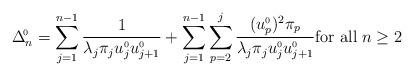
LaTeX: \begin{align*}\Delta^{\!{\scriptscriptstyle 0}}_n=\sum_{j=1}^{n-1} \frac{1}{\lambda_j \pi_j u_j^{{\scriptscriptstyle 0}} u_{j+1}^{{\scriptscriptstyle 0}}}+ \sum_{j=1}^{n-1} \sum_{p=2}^{j}\frac{(u_p^{{\scriptscriptstyle 0}})^2 \pi_p}{\lambda_j\pi_j u_j^{{\scriptscriptstyle 0}} u_{j+1}^{{\scriptscriptstyle 0}}} \textup{for all}\;n\geq 2\end{align*}